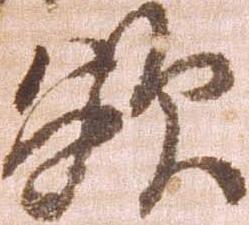
欲